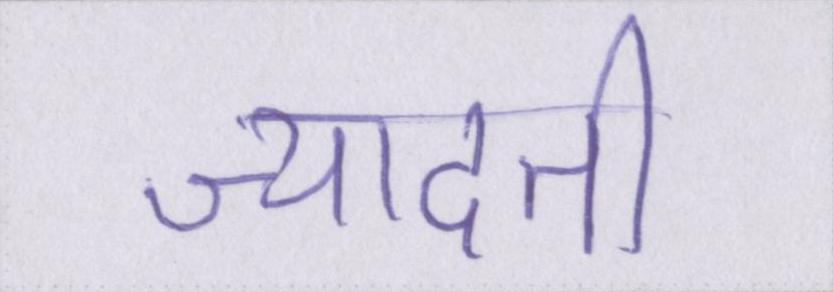
ज्यादती